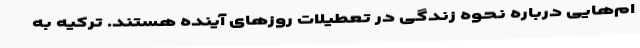
ام‌هایی درباره نحوه زندگی در تعطیلات روزهای آینده هستند. ترکیه به